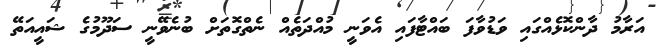
އަރާމު ދާންކޮޅެއްގައި ވަޑުވާފަ ބައްޓާފައި އެވަނީ މުއްދަތެއް ނެތްގޮތަށް ބުނެވޭނީ ސަދޫމުގެ ޝައީއަތޭ